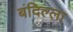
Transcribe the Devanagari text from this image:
बंदिल्ला